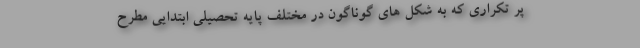
پر تکراری که به شکل های گوناگون در مختلف پایه تحصیلی ابتدایی مطرح